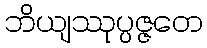
ဘိယျဿုပ္ပဇ္ဇတေ